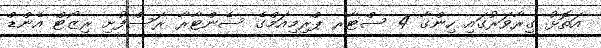
އަތޮޅު ގިރާވަރުގައި ހިންގާ 4 ސްޓާރ ޕްރިމިއަމްގެ ސެންޓާރާ ރަސްފުށި ރިޒޯޓް އެންޑް